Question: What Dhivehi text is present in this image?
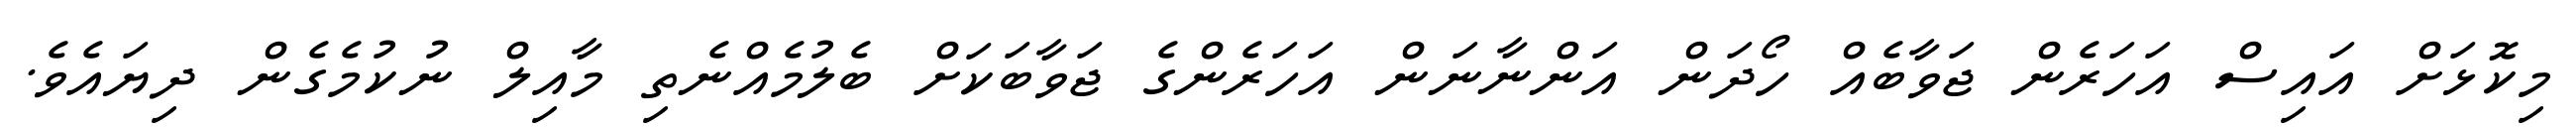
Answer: މިކޮޅަށް އައިސް އަހަރެން ޖަވާބެއް ހޯދަން އަންނާނަން އަހަރެންގެ ޖަވާބަކަށް ބެލުމެއްނެތި މާއިލް ނުކުމެގެން ދިޔައެވެ.